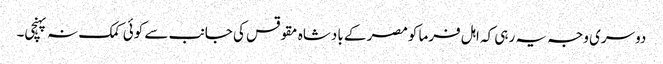
دوسری وجہ یہ رہی کہ اہل فرما کومصر کے بادشاہ مقوقس کی جانب سے کوئی کمک نہ پہنچی۔